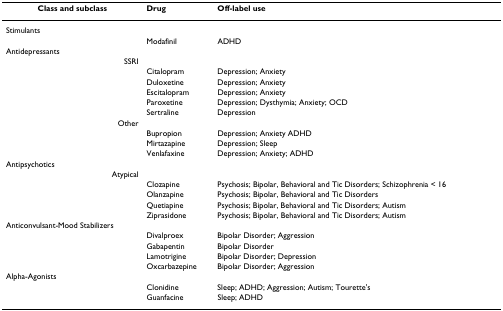
<table><thead><tr><td><b>Class and subclass</b></td><td><b>Drug</b></td><td><b>Off-label use</b></td></tr></thead><tbody><tr><td>Stimulants</td><td></td><td></td></tr><tr><td></td><td>Modafinil</td><td>ADHD</td></tr><tr><td>Antidepressants</td><td></td><td></td></tr><tr><td>SSRI</td><td></td><td></td></tr><tr><td></td><td>Citalopram</td><td>Depression; Anxiety</td></tr><tr><td></td><td>Duloxetine</td><td>Depression; Anxiety</td></tr><tr><td></td><td>Escitalopram</td><td>Depression; Anxiety</td></tr><tr><td></td><td>Paroxetine</td><td>Depression; Dysthymia; Anxiety; OCD</td></tr><tr><td></td><td>Sertraline</td><td>Depression</td></tr><tr><td>Other</td><td></td><td></td></tr><tr><td></td><td>Bupropion</td><td>Depression; Anxiety ADHD</td></tr><tr><td></td><td>Mirtazapine</td><td>Depression; Sleep</td></tr><tr><td></td><td>Venlafaxine</td><td>Depression; Anxiety; ADHD</td></tr><tr><td>Antipsychotics</td><td></td><td></td></tr><tr><td>Atypical</td><td></td><td></td></tr><tr><td></td><td>Clozapine</td><td>Psychosis; Bipolar, Behavioral and Tic Disorders; Schizophrenia &lt; 16</td></tr><tr><td></td><td>Olanzapine</td><td>Psychosis; Bipolar, Behavioral and Tic Disorders</td></tr><tr><td></td><td>Quetiapine</td><td>Psychosis; Bipolar, Behavioral and Tic Disorders; Autism</td></tr><tr><td></td><td>Ziprasidone</td><td>Psychosis; Bipolar, Behavioral and Tic Disorders; Autism</td></tr><tr><td>Anticonvulsant-Mood Stabilizers</td><td></td><td></td></tr><tr><td></td><td>Divalproex</td><td>Bipolar Disorder; Aggression</td></tr><tr><td></td><td>Gabapentin</td><td>Bipolar Disorder</td></tr><tr><td></td><td>Lamotrigine</td><td>Bipolar Disorder; Depression</td></tr><tr><td></td><td>Oxcarbazepine</td><td>Bipolar Disorder; Aggression</td></tr><tr><td>Alpha-Agonists</td><td></td><td></td></tr><tr><td></td><td>Clonidine</td><td>Sleep; ADHD; Aggression; Autism; Tourette&#x27;s</td></tr><tr><td></td><td>Guanfacine</td><td>Sleep; ADHD</td></tr></tbody></table>